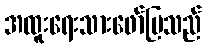
အထူးရေးသားဖော်ပြသည်